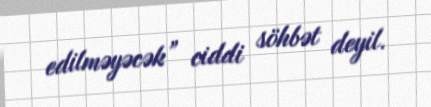
edilməyəcək” ciddi söhbət deyil.